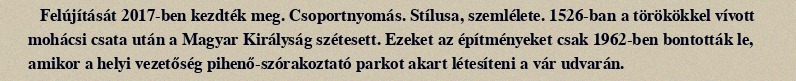
Felújítását 2017-ben kezdték meg. Csoportnyomás. Stílusa, szemlélete. 1526-ban a törökökkel vívott mohácsi csata után a Magyar Királyság szétesett. Ezeket az építményeket csak 1962-ben bontották le, amikor a helyi vezetőség pihenő-szórakoztató parkot akart létesíteni a vár udvarán.